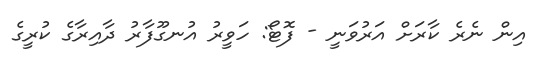
އިން ނެރެ ކާރަށް އަރުވަނީ - ފޮޓޯ: ހަވީރު އުނގޫފާރު ދާއިރާގެ ކުރީގެ